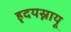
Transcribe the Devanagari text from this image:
हृदयस्नायू